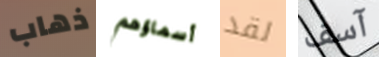
ذهاب أسماؤهم لقد آسف